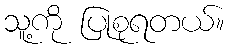
သူ့ကို ပြုစုရတယ်။